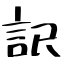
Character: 訳